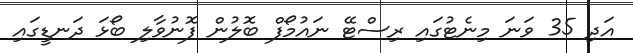
އަދި 35 ވަނަ މިނެޓުގައި ރިސްޓޭ ނައުމޯފް ބޮލުން ފޮނުވާލި ބޯޅަ ދަނޑީގައި